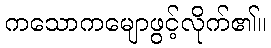
ကသောကမျောဖွင့်လိုက်၏။